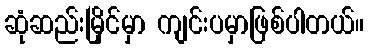
ဆုံဆည်းမြိုင်မှာ ကျင်းပမှာဖြစ်ပါတယ်။